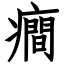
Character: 癎